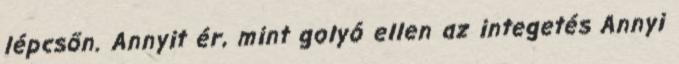
lépcsőn. Annyit ér, mint golyó ellen az integetés Annyi